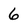
Character: 6